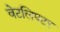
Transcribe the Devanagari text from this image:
वेटलिफ्टर